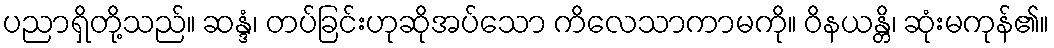
ပညာရှိတို့သည်။ ဆန္ဒံ၊ တပ်ခြင်းဟုဆိုအပ်သော ကိလေသာကာမကို။ ဝိနယန္တိ၊ ဆုံးမကုန်၏။